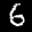
Label: 6